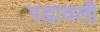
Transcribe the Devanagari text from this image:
पडावली